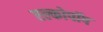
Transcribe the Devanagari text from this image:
एल्कोपॉप